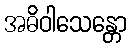
အဓိဝါသေန္တော